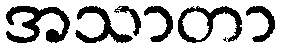
အသာတာ